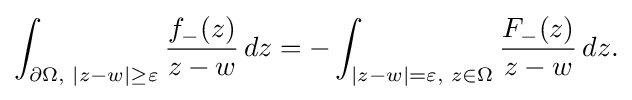
\displaystyle {\int _{\partial \Omega ,\,\,|z-w|\geq \varepsilon }{f_{-}(z) \over z-w}\,dz=-\int _{|z-w|=\varepsilon ,\,\,z\in \Omega }{F_{-}(z) \over z-w}\,dz.}